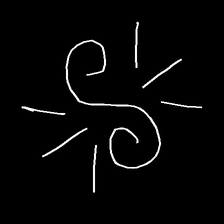
Glyph: wind-directs-air